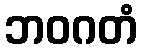
ဘဝဂတံ